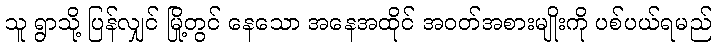
သူ ရွာသို့ ပြန်လျှင် မြို့တွင် နေသော အနေအထိုင် အဝတ်အစားမျိုးကို ပစ်ပယ်ရမည်